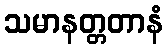
သမာနတ္တတာနံ